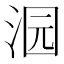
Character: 𱦜